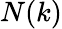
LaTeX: N(k)